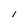
Character: I